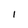
Character: 1